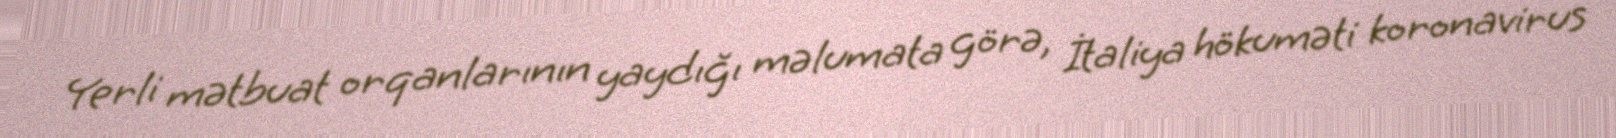
Yerli mətbuat orqanlarının yaydığı məlumata görə, İtaliya hökuməti koronavirus